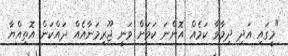
"މީގައި އަދި ދިމާވާ ކަމެއް އޮންނަ ކަމަށް ވަނީ ޖޫރިމަނާއެއް ދައްކަން އޮތިއްޔާ